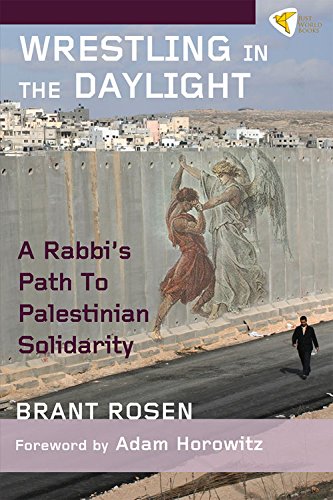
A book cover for Wrestling in the Daylight: A Rabbi's Path to Palestinian Solidarity; Brant Rosen; Religion & Spirituality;